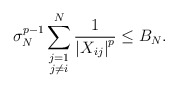
\begin{align*} \sigma_N^{p-1} \sum_{\substack{j = 1\\ j \neq i}}^{N} \frac{1}{\left|X_{ij}\right|^p} \leq B_N.\end{align*}